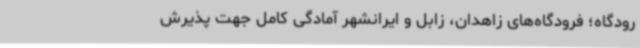
رودگاه؛ فرودگاه‌های زاهدان، زابل و ایرانشهر آمادگی کامل جهت پذیرش